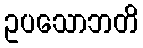
ဥပသောဘတိ